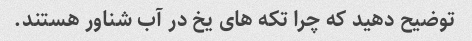
توضیح دهید که چرا تکه های یخ در آب شناور هستند.